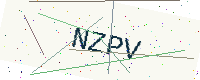
Text: NZPV